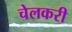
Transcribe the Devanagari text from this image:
चेलकरी